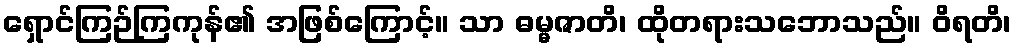
ရှောင်ကြဉ်ကြကုန်၏ အဖြစ်ကြောင့်။ သာ ဓမ္မဇာတိ၊ ထိုတရားသဘောသည်။ ဝိရတိ၊